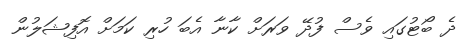
ދެ ބޯޓުގައި ވެސް ފުދޭ ވަރަށް ކާނާ އެބަ ހުރި ކަމަށް އޮފިޝަލުން